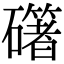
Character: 𥗁